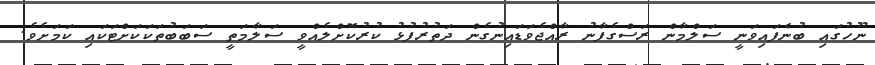
ނޫހުގައި ބުނެފައިވަނީ ސަލްމާން ރަސްގެފާނު ރާއްޖެވަޑައިނުގެން ދަތުރުފުޅު ކުރުކޮށްލެއްވީ ސަލާމަތީ ސަބަބުތަކަކަށްޓަކައި ކަމަށެވެ.